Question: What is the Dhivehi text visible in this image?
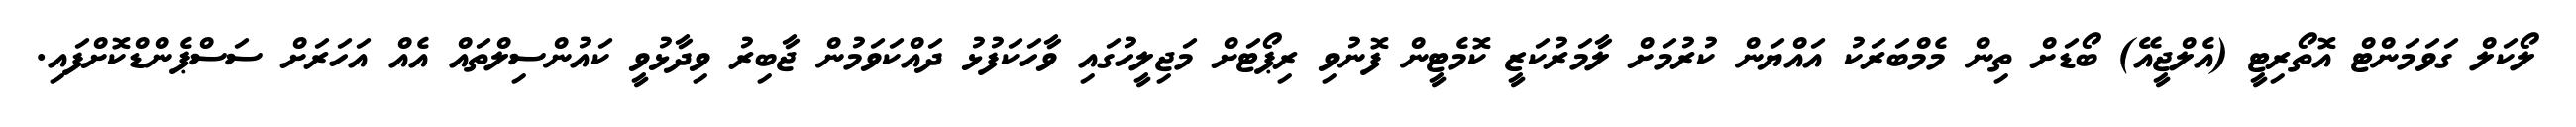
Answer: ލޯކަލް ގަވަމަންޓް އޮތޯރިޓީ (އެލްޖީއޭ) ބޯޑަށް ތިން މެމްބަރަކު އައްޔަން ކުރުމަށް ލާމަރުކަޒީ ކޮމެޓީން ފޮނުވި ރިޕޯޓަށް މަޖިލީހުގައި ވާހަކަފުޅު ދައްކަވަމުން ޖާބިރު ވިދާޅުވީ ކައުންސިލްތައް އެއް އަހަރަށް ސަސްޕެންޑްކޮށްފައި.